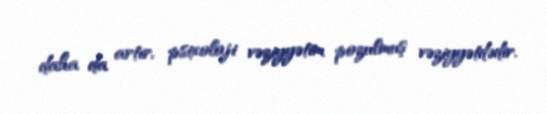
daha da artır, psixoloji vəziyyətim pozulmuş vəziyyətdədir.